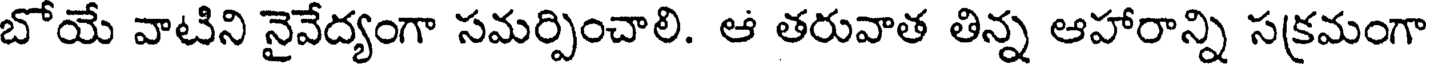
బోయే వాటిని నైవేద్యంగా సమర్పించాలి. ఆ తరువాత తిన్న ఆహారాన్ని సక్రమంగా